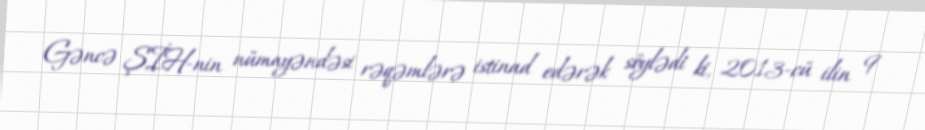
Gəncə ŞİH-nin nümayəndəsi rəqəmlərə istinad edərək söylədi ki, 2013-cü ilin 9